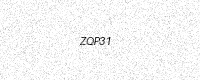
Text: ZQP31